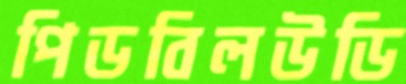
পিডবিলউডি